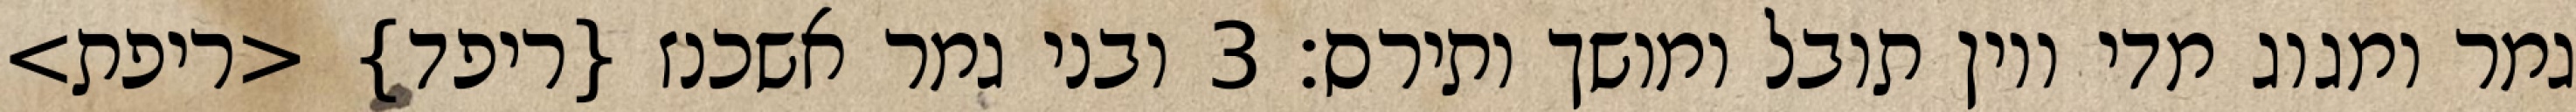
גמר ומגוג מדי ויון תובל ומושך ותירס׃ ‎3‏ ובני גמר אשכנז {ריפד} <ריפת>